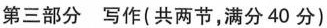
第三部分写作(共两节，满分40分)